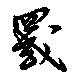
罭